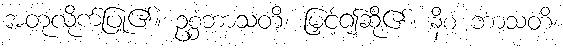
အတုလိုက်ပြု၏။ ဥစ္စံဘာသတိ၊ မြှင့်၍ဆို၏။ နိစံ ဘာသတိ၊